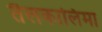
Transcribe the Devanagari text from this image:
तैलकालिमा